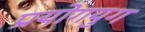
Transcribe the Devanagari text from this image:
प्रयोगयुग